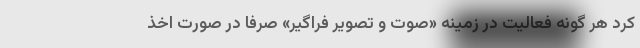
کرد هر گونه فعالیت در زمینه «صوت و تصویر فراگیر» صرفاً در صورت اخذ